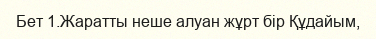
Бет 1.Жаратты неше алуан жұрт бір Құдайым,